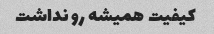
کیفیت همیشه رو نداشت